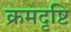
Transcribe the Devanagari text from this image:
क्रमदृष्टि